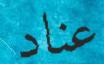
عناد